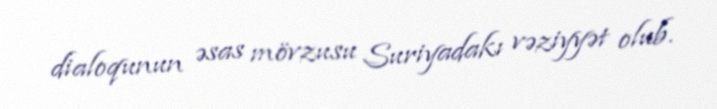
dialoqunun əsas mövzusu Suriyadakı vəziyyət olub.